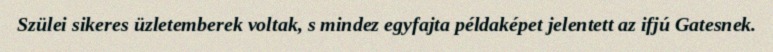
Szülei sikeres üzletemberek voltak, s mindez egyfajta példaképet jelentett az ifjú Gatesnek.